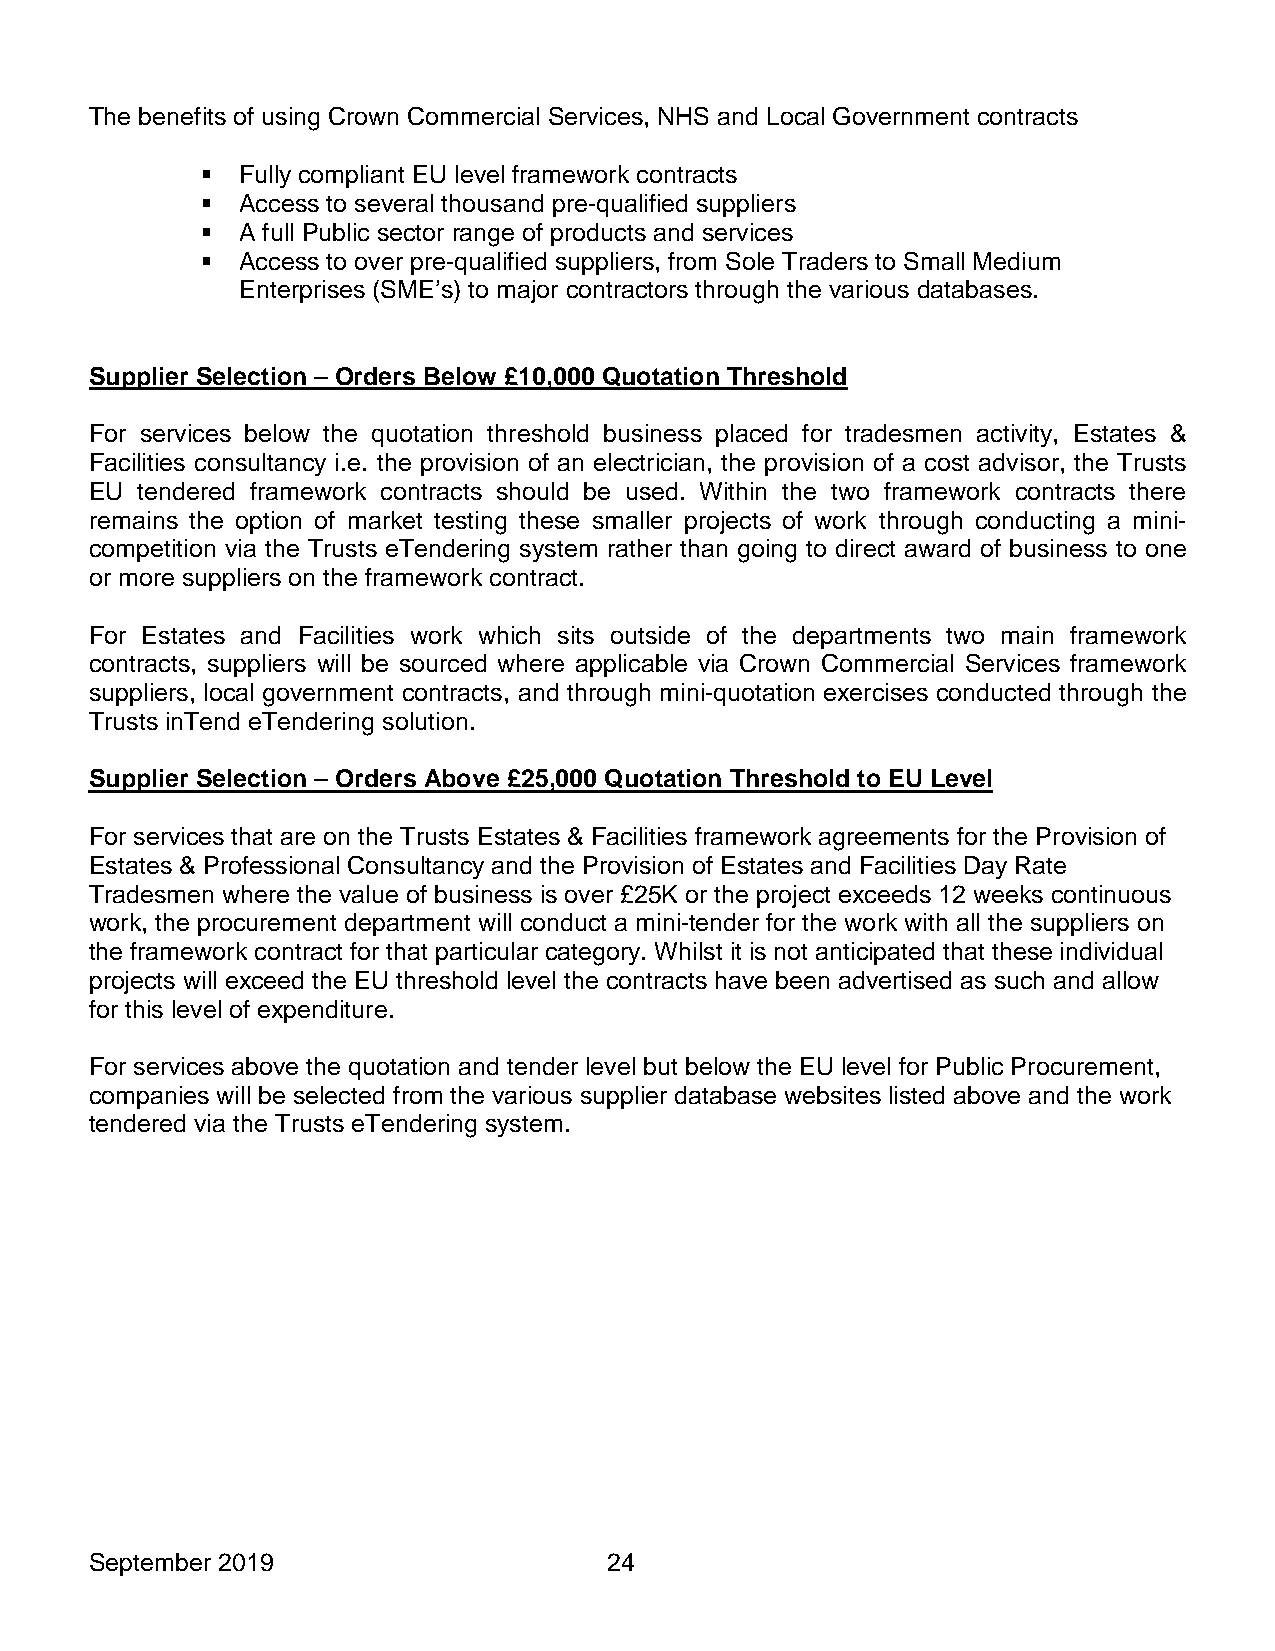
The benefits of using Crown Commercial Services, NHS and Local Government contracts
   Fully compliant EU level framework contracts
   Access to several thousand pre-qualified suppliers
   A full Public sector range of products and services
   Access to over pre-qualified suppliers, from Sole Traders to Small Medium
 Enterprises (SME’s) to major contractors through the various databases.
 Supplier Selection – Orders Below £10,000 Quotation Threshold
 For services below the quotation threshold business placed for tradesmen activity, Estates &
 Facilities consultancy i.e. the provision of an electrician, the provision of a cost advisor, the Trusts
 EU tendered framework contracts should be used. Within the two framework contracts there
 remains the option of market testing these smaller projects of work through conducting a mini-
 competition via the Trusts eTendering system rather than going to direct award of business to one
 or more suppliers on the framework contract.
 For Estates and Facilities work which sits outside of the departments two main framework
 contracts, suppliers will be sourced where applicable via Crown Commercial Services framework
 suppliers, local government contracts, and through mini-quotation exercises conducted through the
 Trusts inTend eTendering solution.
 Supplier Selection – Orders Above £25,000 Quotation Threshold to EU Level
 For services that are on the Trusts Estates & Facilities framework agreements for the Provision of
 Estates & Professional Consultancy and the Provision of Estates and Facilities Day Rate
 Tradesmen where the value of business is over £25K or the project exceeds 12 weeks continuous
 work, the procurement department will conduct a mini-tender for the work with all the suppliers on
 the framework contract for that particular category. Whilst it is not anticipated that these individual
 projects will exceed the EU threshold level the contracts have been advertised as such and allow
 for this level of expenditure.
 For services above the quotation and tender level but below the EU level for Public Procurement,
 companies will be selected from the various supplier database websites listed above and the work
 tendered via the Trusts eTendering system.
 September 2019                    24